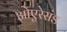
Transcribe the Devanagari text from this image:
ओएरेसंड